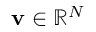
{ \bf v } \in \mathbb { R } ^ { N }